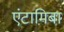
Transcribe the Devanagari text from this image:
एंटामिबा